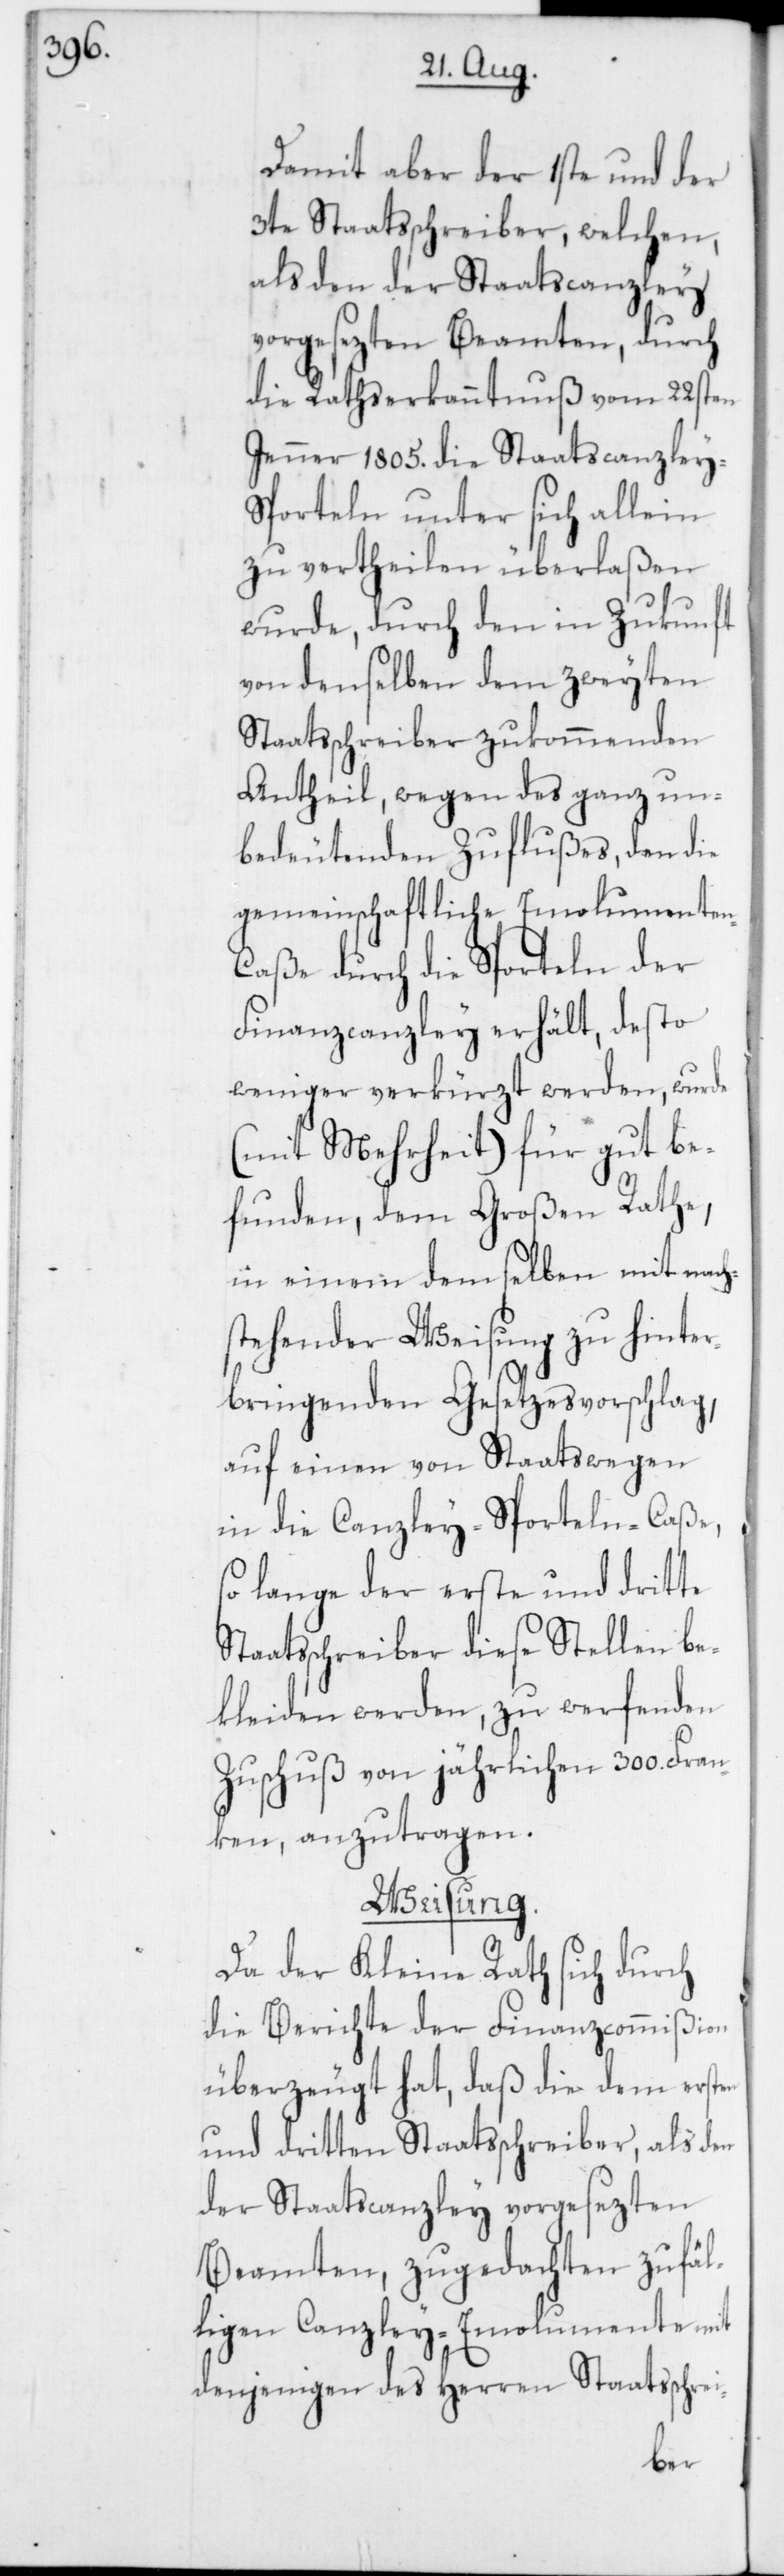
Damit aber der 1ste und der
3te Staatsschreiber, welchen,
als den der Staatscanzley
vorgesezten Beamten, durch
die Rathserkanntnuß vom 22sten
Jenner 1805. die Staatscanzley-S¬
porteln unter sich allein
zu vertheilen überlaßen
wurde, durch den in Zukunft
von denselben dem zweyten
Staatsschreiber zukommenden
Antheil, wegen des ganz un¬
bedeutenden Zuflußes, den die
gemeinschaftliche Emolumente¬
n-Caße durch die Sporteln der
Finanzcanzley erhält, desto
weniger verkürzt werden, wurde
(mit Mehrheit) für gut be¬
funden, dem Großen Rathe,
in einem demselben mit nach¬
stehender Weisung zu hinter¬
bringenden Gesetzesvorschlag,
auf einen von Staatswegen
in die Canzley-Sporteln-Caße,
so lange der erste und dritte
Staatsschreiber diese Stellen be¬
kleiden werden, zu werfenden
Zuschuß von jährlichen 300. Fran¬
ken, anzutragen.
Weisung.
Da der Kleine Rath sich durch
die Berichte der Finanzcommißion
überzeugt hat, daß die dem ersten
und dritten Staatsschreiber, als den
der Staatscanzley vorgesezten
Beamten, zugedachten zufäl¬
ligen Canzley-Emolumente mit
denjenigen des Herren Staatsschrei-